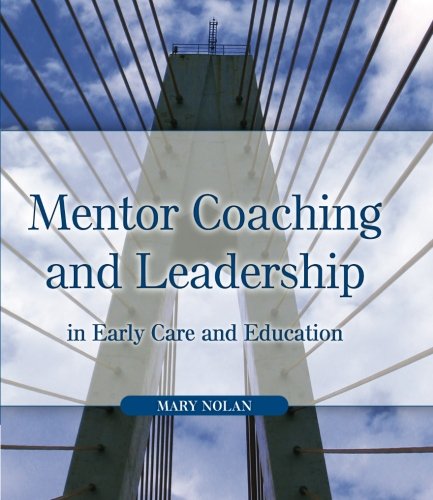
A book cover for Mentor Coaching and Leadership in Early Care and Education; Mary Nolan; Sports & Outdoors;